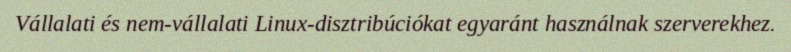
Vállalati és nem-vállalati Linux-disztribúciókat egyaránt használnak szerverekhez.